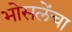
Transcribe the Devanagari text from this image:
भोसलेंचा